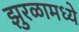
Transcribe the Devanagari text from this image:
झुरळामध्ये